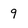
Character: 9